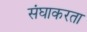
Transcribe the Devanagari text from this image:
संघाकरता